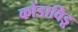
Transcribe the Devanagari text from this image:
कोंडाविडू